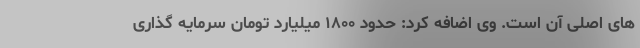
های اصلی آن است. وی اضافه کرد: حدود ۱۸۰۰ میلیارد تومان سرمایه گذاری